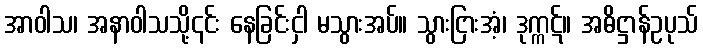
အာဝါသ၊ အနာဝါသသို့၎င်း နေခြင်းငှါ မသွားအပ်။ သွားငြားအံ့၊ ဒုက္ကဋ်။ အဓိဋ္ဌာန်ဥပုသ်